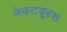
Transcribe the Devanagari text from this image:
नेकटयूरस